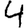
Digit: 4